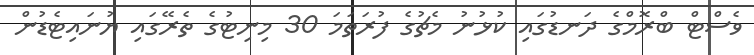
ވެސްޓް ބްރޮމްގެ ދަނޑުގައި ކުޅުނު މެޗުގެ ފުރަތަމަ 30 މިނިޓުގެ ތެރޭގައި ޔުނައިޓެޑުން